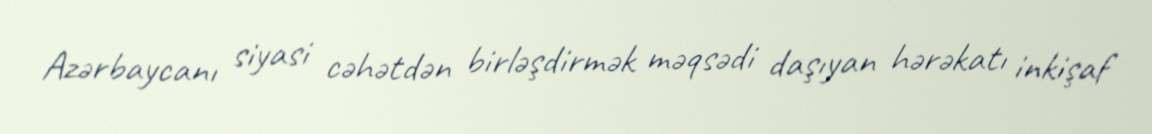
Azərbaycanı siyasi cəhətdən birləşdirmək məqsədi daşıyan hərəkatı inkişaf